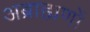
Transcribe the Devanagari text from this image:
अब्राह्मणों